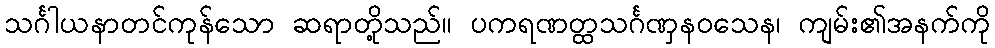
သင်္ဂါယနာတင်ကုန်သော ဆရာတို့သည်။ ပကရဏတ္ထသင်္ဂဏှနဝသေန၊ ကျမ်း၏အနက်ကို